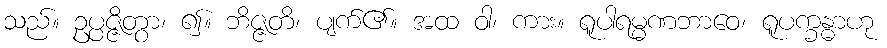
သည်။ ဥပ္ပဇ္ဇိတွာ၊ ၍။ ဘိဇ္ဇတိ၊ ပျက်၏။ အထ ဝါ၊ ကား။ ရူပါရမ္မဏဘာဝေ၊ ရူပက္ခန္ဓာဟု